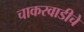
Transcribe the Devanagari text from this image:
चाकरवाडीचे